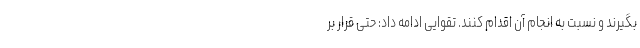
بگیرند و نسبت به انجام آن اقدام کنند. تقوایی ادامه داد: حتی قرار بر